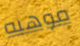
موهبه